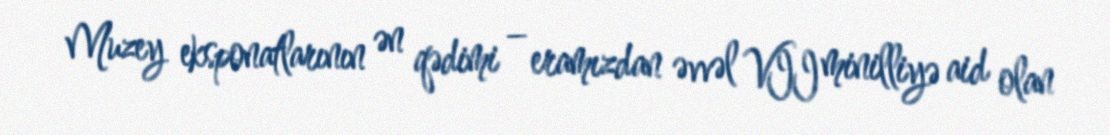
Muzey eksponatlarının ən qədimi – eramızdan əvvəl VII minilliyə aid olan